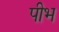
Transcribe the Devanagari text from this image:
पीभ